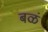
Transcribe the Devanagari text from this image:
बळं